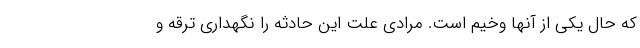
که حال یکی از آنها وخیم است. مرادی علت این حادثه را نگهداری ترقه و